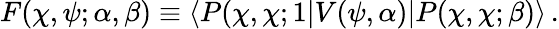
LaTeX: F(\chi,\psi;\alpha,\beta)\equiv\langle P(\chi,\chi;1|V(\psi,\alpha)|P(\chi,\chi;\beta)\rangle\, .